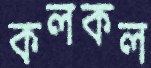
কলকল